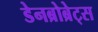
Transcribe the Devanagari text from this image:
डेनब्रोब्रेट्स